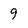
Character: 9